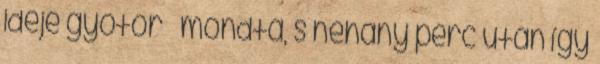
ideje gyötör – mondta, s néhány perc után így